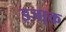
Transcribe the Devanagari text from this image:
इजा़क